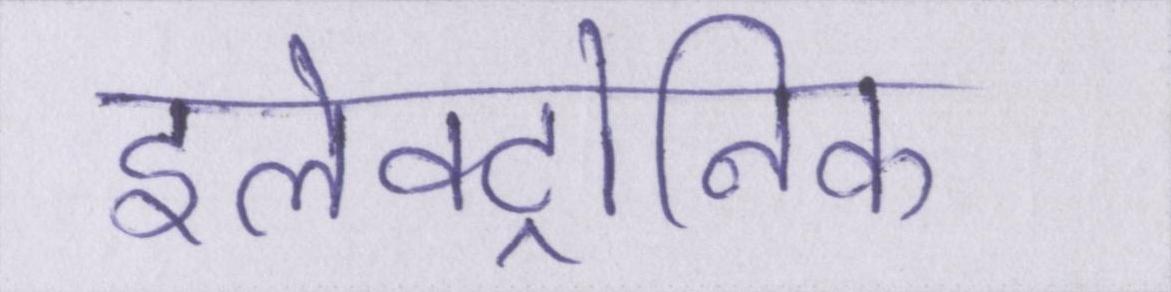
इलेक्ट्रोनिक